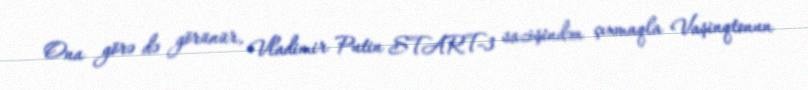
Ona görə də görünür, Vladimir Putin START-3 sazişindən çıxmaqla Vaşinqtonun